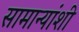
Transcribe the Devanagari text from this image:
सामान्यांशी